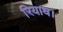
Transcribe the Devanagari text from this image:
रियाध।